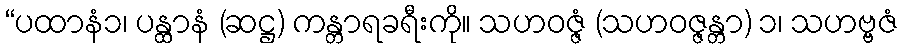
“ပထာနံ၁၊ ပန္ထာနံ (ဆဋ္ဌ) ကန္တာရခရီးကို။ သဟဝဇ္ဇံ (သဟဝဇ္ဇန္တာ) ၁၊ သဟဗ္ဗဇံ